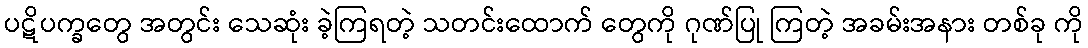
ပဋိပက္ခတွေ အတွင်း သေဆုံး ခဲ့ကြရတဲ့ သတင်းထောက် တွေကို ဂုဏ်ပြု ကြတဲ့ အခမ်းအနား တစ်ခု ကို